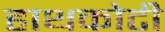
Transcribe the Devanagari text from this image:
हाथकोटी